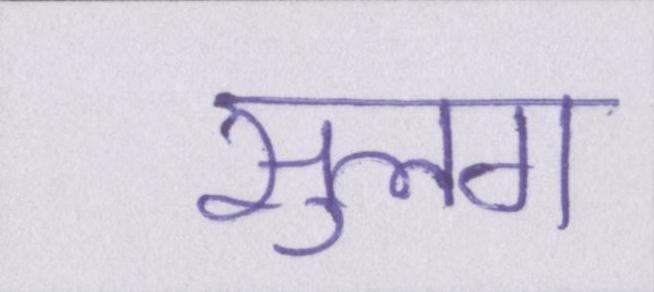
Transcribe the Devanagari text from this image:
सुलग